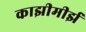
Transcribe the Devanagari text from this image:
काझीमीर्झ